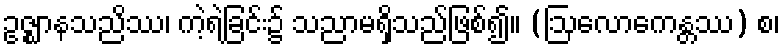
ဥဇ္ဈာနသညိဿ၊ ကဲ့ရဲ့ခြင်း၌ သညာမရှိသည်ဖြစ်၍။ (ဩလောကေန္တဿ) စ၊